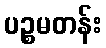
ပဉ္စမတန်း